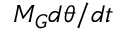
M _ { G } d \theta / d t